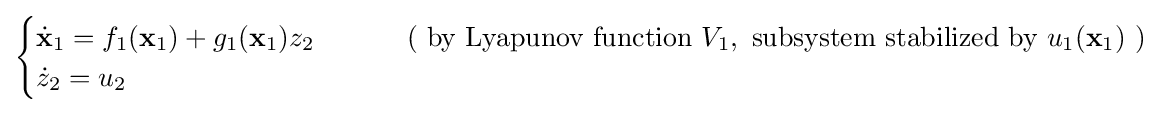
{\begin{cases}{\dot {\mathbf {x} }}_{1}=f_{1}(\mathbf {x} _{1})+g_{1}(\mathbf {x} _{1})z_{2}&\qquad {\text{ ( by Lyapunov function }}V_{1},{\text{ subsystem stabilized by }}u_{1}({\textbf {x}}_{1}){\text{ )}}\\{\dot {z}}_{2}=u_{2}\end{cases}}